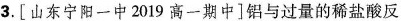
3.[山东宁阳一中2019高一期中]铝与过量的稀盐酸反